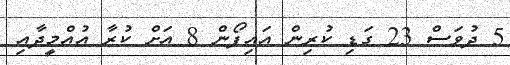
5 ދުވަސް 23 ގަޑި ކުރިން އައިފޯން 8 އަށް ކުރާ އުއްމީދާއި